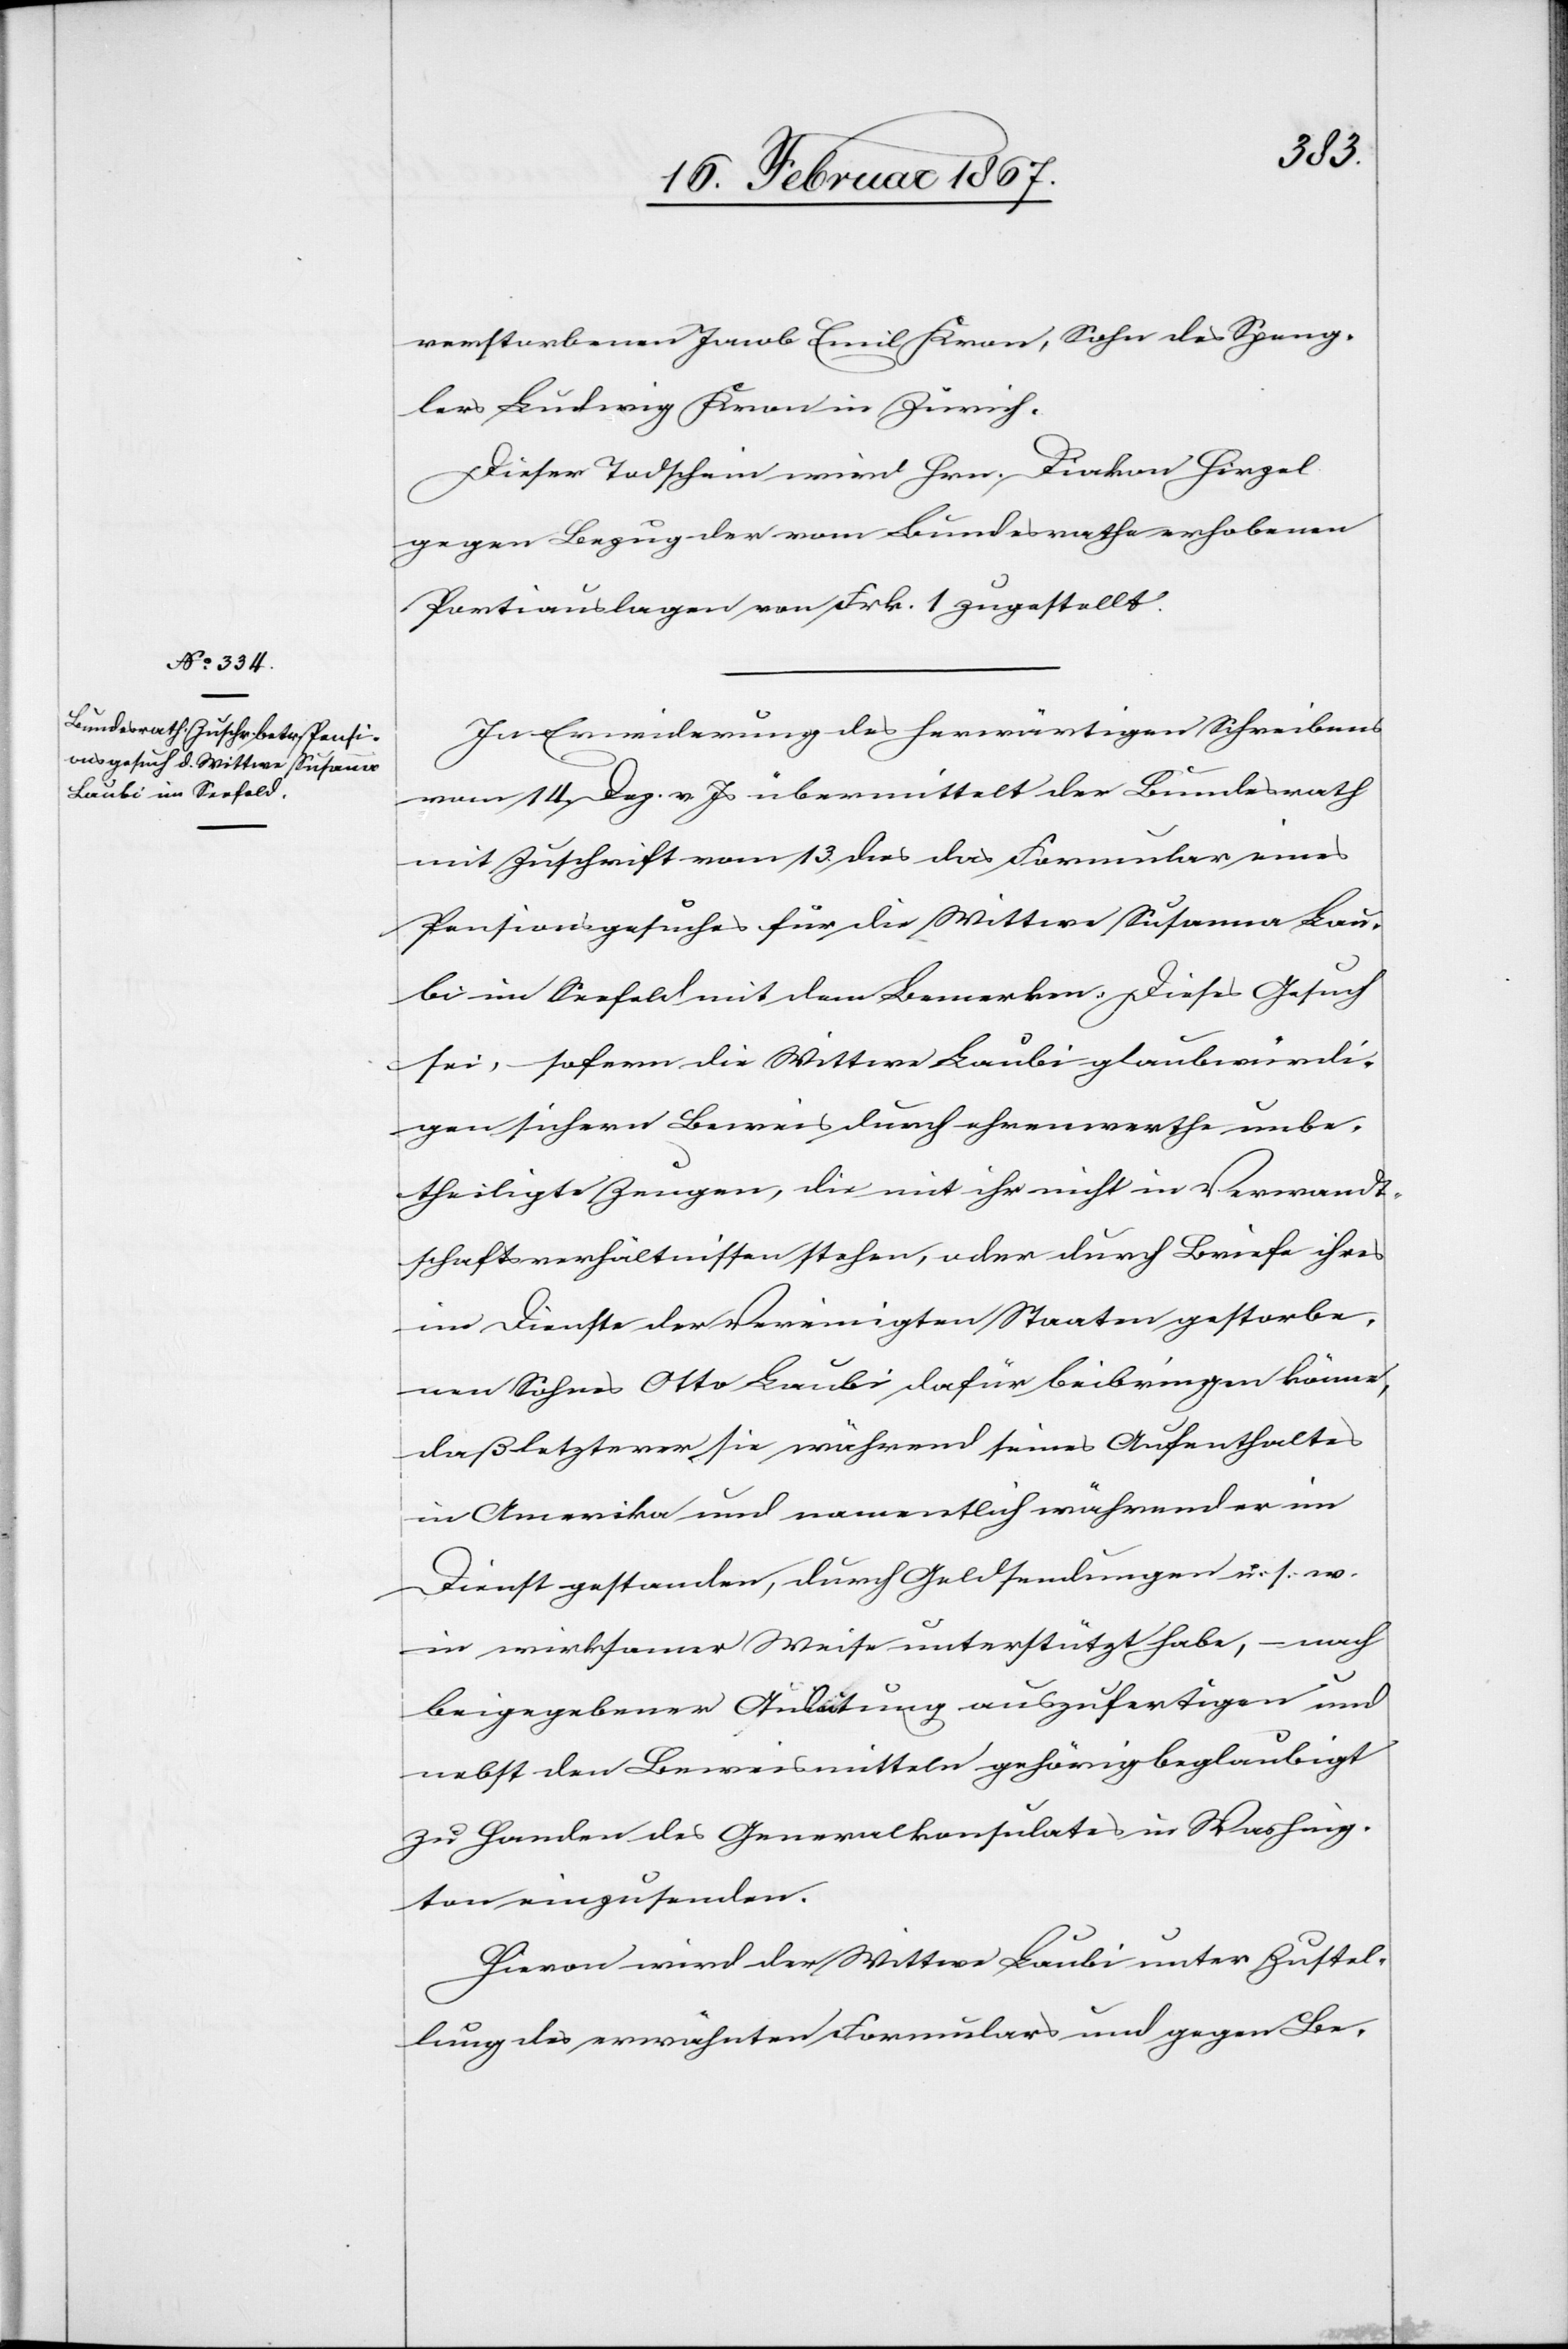
17. Februar 1867.]
verstorbenen Jacob Emil Kron, Sohn des Speng¬
lers Ludwig Kron in Zürich.
Dieser Todschein wird Hrn. Diakon Hirzel
gegen Bezug der vom Bundesrathe erhobenen
Portiauslagen von Frk. 1 zugestellt.
In Erwiderung des herwärtigen Schreibens
vom 14. Dez. v. Js übermittelt der Bundesrath
mit Zuschrift vom 13. dies das Formular eines
Pensionsgesuches für die Wittwe Susanna Lau¬
bi im Seefeld mit dem Bemerken: Dieses Gesuch
sei, sofern die Wittwe Laubi glaubwürdi¬
gen sichern Beweis durch ehrenwerthe unbe¬
theiligte Zeugen, die mit ihr nicht in Verwandt¬
schaftsverhältnissen stehen, oder durch Briefe ihres
im Dienste der Vereinigten Staaten gestorbe¬
nen Sohnes Otto Laubi dafür beibringen könne,
daß letzterer sie während seines Aufenthaltes
in Amerika und namentlich während er im
Dienst gestanden, durch Geldsendungen u. s. w.
in wirksamer Weise unterstützt habe, – nach
beigegebener Anleitung auszufertigen und
nebst den Beweismitteln gehörig beglaubigt
zu Handen des Generalkonsulates in Washing¬
ton einzusenden.
Hievon wird der Wittwe Laubi unter Zustel¬
lung des erwähnten Formulars und gegen Be-